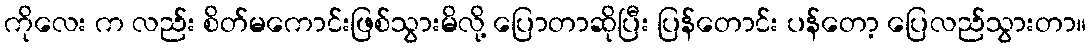
ကိုလေး က လည်း စိတ်မကောင်းဖြစ်သွားမိလို့ ပြောတာဆိုပြီး ပြန်တောင်း ပန်တော့ ပြေလည်သွားတာ။